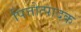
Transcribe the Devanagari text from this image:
पित्तोत्पादक